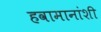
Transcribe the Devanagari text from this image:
हवामानांशी